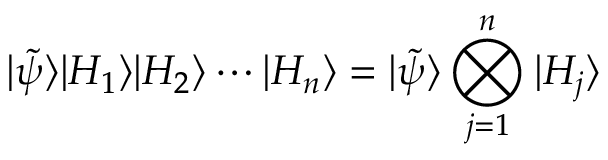
| \tilde { \psi } \rangle | H _ { 1 } \rangle | H _ { 2 } \rangle \cdots | H _ { n } \rangle = | \tilde { \psi } \rangle \bigotimes _ { j = 1 } ^ { n } | H _ { j } \rangle